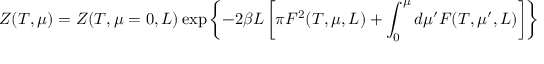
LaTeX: Z ( T , \mu ) = Z ( T , \mu = 0 , L ) \exp \left\{ - 2 \beta L \left[ \pi F ^ { 2 } ( T , \mu , L ) + \int _ { 0 } ^ { \mu } d \mu ^ { \prime } F ( T , \mu ^ { \prime } , L ) \right] \right\}